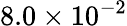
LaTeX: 8.0\times 10^{-2}